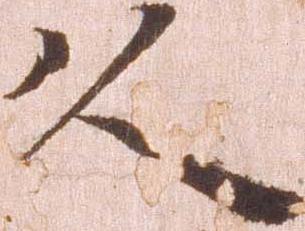
久